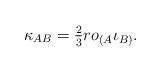
LaTeX: \begin{align*}\kappa_{AB}={}&\tfrac{2}{3} r o_{(A} \iota_{B)}.\end{align*}